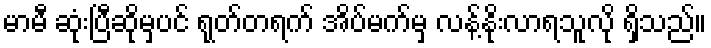
မာမီ ဆုံးပြီဆိုမှပင် ရုတ်တရက် အိပ်မက်မှ လန့်နိုးလာရသူလို ရှိသည်။